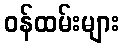
ဝန်ထမ်းများ